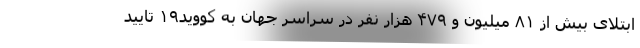
ابتلای بیش از ۸۱ میلیون و ۴۷۹ هزار نفر در سراسر جهان به کووید۱۹ تایید